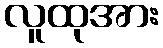
လူထုအား